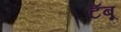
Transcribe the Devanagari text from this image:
टॅबू